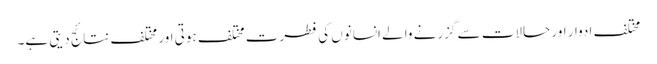
مختلف ادوار اور حالات سے گزرنے والے انسانوں کی فطرت مختلف ہوتی اور مختلف نتائج دیتی ہے۔